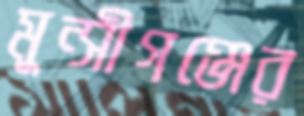
মুন্সীগঞ্জের